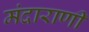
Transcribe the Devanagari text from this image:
मंदाराणी